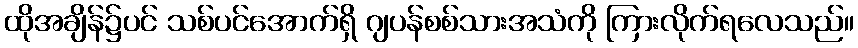
ထိုအချိန်၌ပင် သစ်ပင်အောက်ရှိ ဂျပန်စစ်သားအသံကို ကြားလိုက်ရလေသည်။